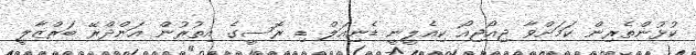
ކުޅުންތެރިން ކަމަށްވާ ޖިއޯޖިއޯ ކިއެލީނީ ޑެނިއަލް ޑި ރޮސީގެ އިތުރުން އަންދްރޭ ބަރްޒާލީ